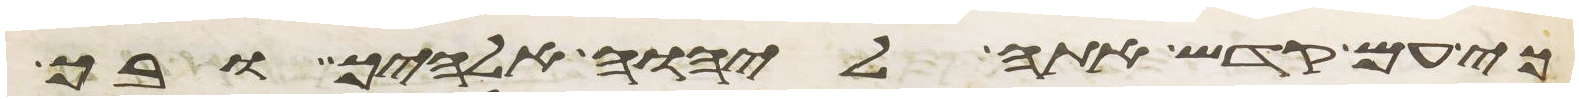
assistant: כי עם קדש אתה ליהוה אלהיך ובך